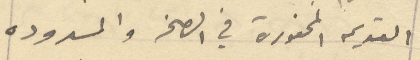
القديمه المحفورة في الصخر والمسدوده